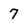
Character: 7